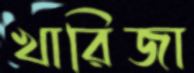
খারিজা